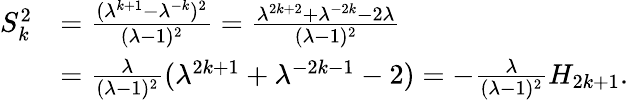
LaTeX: \begin{array}{rl}{S_{k}^{2}}&{=\frac{(\lambda^{k+1}-\lambda^{-k})^{2}}{(\lambda-1)^{2}}=\frac{\lambda^{2k+2}+\lambda^{-2k}-2\lambda}{(\lambda-1)^{2}}}\\ &{=\frac{\lambda}{(\lambda-1)^{2}}(\lambda^{2k+1}+\lambda^{-2k-1}-2)=-\frac{\lambda}{(\lambda-1)^{2}}H_{2k+1}.}\end{array}